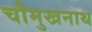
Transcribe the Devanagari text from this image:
चौमुखनाथ